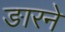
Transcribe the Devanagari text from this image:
ङारने